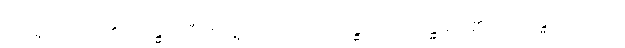
အစရှိသည်တို့၏။ ဂန္ဓော၊ ညှီစော်နံ့သည်။ ဝိဿဂန္ဓော၊ ဝိဿဂန္ဓမည်၏။ သုဂန္ဓောတိ-ကား။